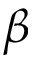
\beta